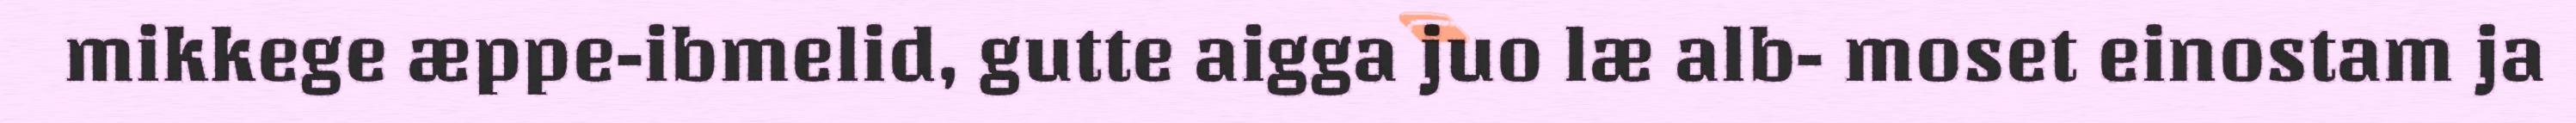
mikkege æppe-ibmelid, gutte aigga juo læ alb- moset einostam ja